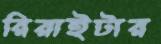
রিরাইটার